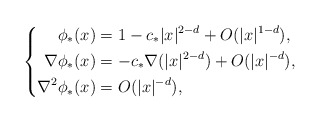
\begin{align*}\left\{\aligned \phi_* (x) & =1- c_* |x|^{2-d} + O(|x|^{1-d}), \\ \nabla \phi_* (x) & =-c_* \nabla (|x|^{2-d}) + O(|x|^{-d}),\\ \nabla^2 \phi_* (x) & = O(|x|^{-d}),\endaligned\right.\end{align*}